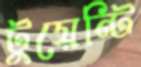
টুয়েন্টি